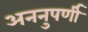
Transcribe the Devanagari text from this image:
अननुपर्णी